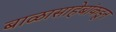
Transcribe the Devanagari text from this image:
बाळासाहेबांकडून